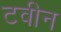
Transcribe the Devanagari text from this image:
टवीन